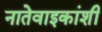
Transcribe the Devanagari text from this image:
नातेवाइकांशी